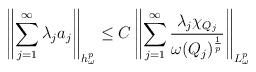
LaTeX: \begin{align*}\left \|\sum\limits_{j=1}^{\infty}\lambda_{j}a_{j}\right \|_{h_{\omega}^{p}}\leq C\left \|\sum\limits_{j=1}^{\infty}\frac{\lambda_{j}\chi_{Q_{j}}}{\omega(Q_{j})^{\frac{1}{p}}}\right \|_{L_{\omega}^{p}}\end{align*}